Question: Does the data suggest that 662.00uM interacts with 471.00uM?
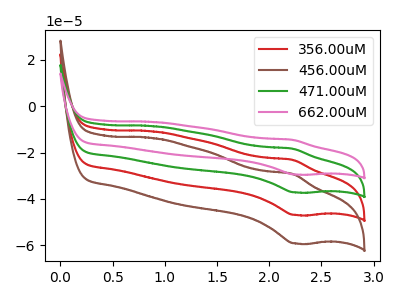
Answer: <think>The red curve "356.00uM" has an anodic peak at (2.20V, -36.70uA) and a cathodic peak at (2.25V, -74.35uA). The brown curve "456.00uM" has an anodic peak at (2.20V, -55.05uA) and a cathodic peak at (2.25V, -111.50uA). The green curve "471.00uM" has an anodic peak at (2.20V, -18.35uA) and a cathodic peak at (2.25V, -37.15uA). The pink curve "662.00uM" has an anodic peak at (2.20V, -14.55uA) and a cathodic peak at (2.25V, -29.45uA).
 All the peaks in "662.00uM" have a peak in "471.00uM" at the same potential.</think>
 <answer>No, "662.00uM" and "471.00uM" don't appear to be significantly different in shape</answer>
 <eval>no_change</eval>